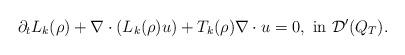
LaTeX: \begin{align*}\partial_t L_k(\rho)+\nabla\cdot(L_k(\rho)u)+T_k(\rho)\nabla\cdot u=0,\ {\rm{in}}\ \mathcal D'(Q_T).\end{align*}